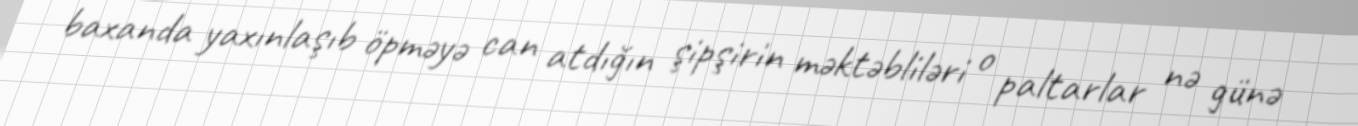
baxanda yaxınlaşıb öpməyə can atdığın şipşirin məktəbliləri o paltarlar nə günə